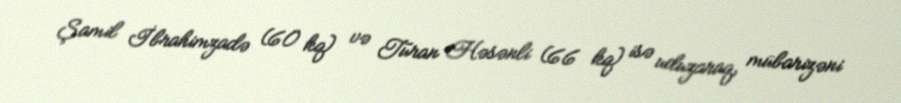
Şamil İbrahimzadə (60 kq) və Turan Həsənli (66 kq) isə uduzaraq, mübarizəni